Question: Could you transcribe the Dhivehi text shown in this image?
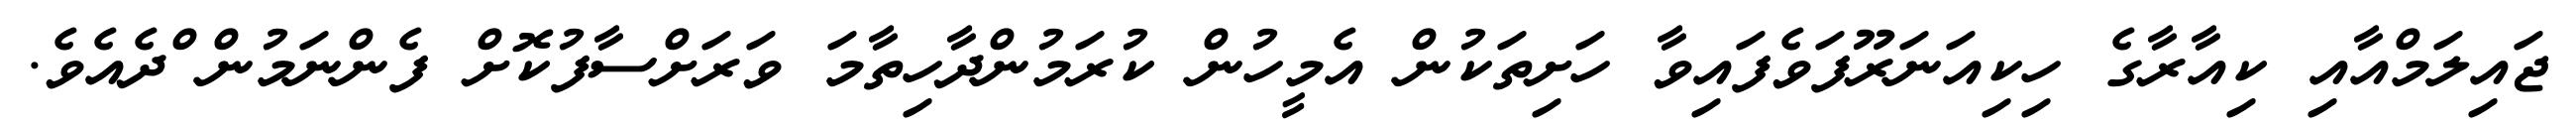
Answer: ޖައިލަމްއާއި ކިއާރާގެ ހިކިއަނަރޫފަވެފައިވާ ހަށިތަކުން އެމީހުން ކުރަމުންދާހިތާމަ ވަރަށްސާފުކޮށް ފެންނަމުން ްދެއެވެ.